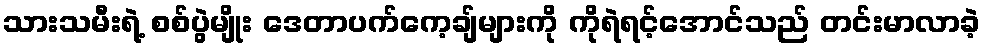
သားသမီးရဲ့ စစ်ပွဲမျိုး ဒေတာပက်ကေ့ချ်များကို ကိုရဲရင့်အောင်သည် တင်းမာလာခဲ့